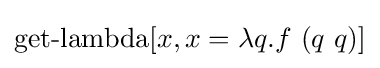
\operatorname {get-lambda} [x,x=\lambda q.f\ (q\ q)]